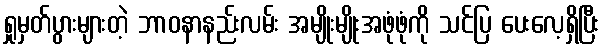
ရှုမှတ်ပွားများတဲ့ ဘာဝနာနည်းလမ်း အမျိုးမျိုးအဖုံဖုံကို သင်ပြ ပေးလေ့ရှိပြီး